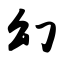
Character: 幻